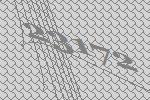
23172